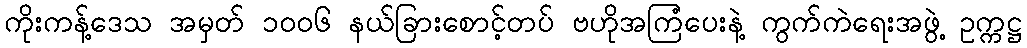
ကိုးကန့်ဒေသ အမှတ် ၁၀၀၆ နယ်ခြားစောင့်တပ် ဗဟိုအကြံပေးနဲ့ ကွက်ကဲရေးအဖွဲ့ ဥက္ကဋ္ဌ